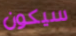
سيكون